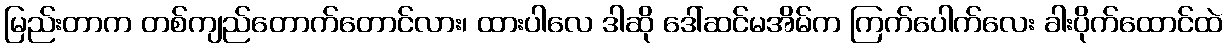
မြည်းတာက တစ်ကျည်တောက်တောင်လား၊ ထားပါလေ ဒါဆို ဒေါ်ဆင်မအိမ်က ကြက်ပေါက်လေး ခါးပိုက်ထောင်ထဲ